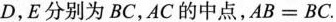
D，E分别为BC，AC的中点，AB=BC。